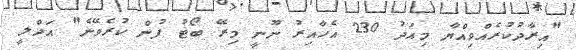
"އިރާދުކުރެއްވިއްޔާ މިއަދު 230 އެހާއިރު ނޫނީ މިރޭ ބޯޓު ފުން ކުރެވޭނެ" އަދްލީ